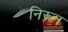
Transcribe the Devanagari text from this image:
निरून